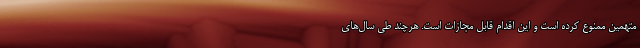
متهمین ممنوع کرده است و این اقدام قابل مجازات است. هرچند طی سال‌های